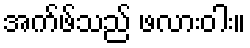
အက်ဖ်သည် ဖလားဝါး။